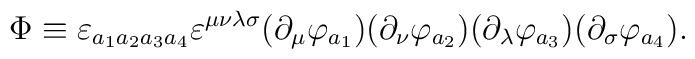
\Phi \equiv \varepsilon_{a_{1}a_{2}a_{3}a_{4}}\varepsilon^{\mu\nu\lambda\sigma}(\partial_{\mu}\varphi_{a_{1}})(\partial_{\nu}\varphi_{a_{2}})(\partial_{\lambda}\varphi_{a_{3}})(\partial_{\sigma}\varphi_{a_{4}}).